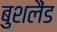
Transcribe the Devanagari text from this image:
बुशलैंड